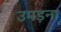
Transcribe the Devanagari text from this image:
उमड़ना